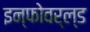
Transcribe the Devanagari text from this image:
इन्फोवर्ल्ड